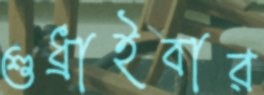
শুধ্‌রাইবার